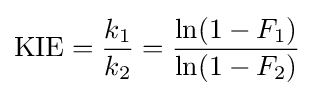
{\text{KIE}}={k_{1} \over k_{2}}={\frac {\ln(1-F_{1})}{\ln(1-F_{2})}}